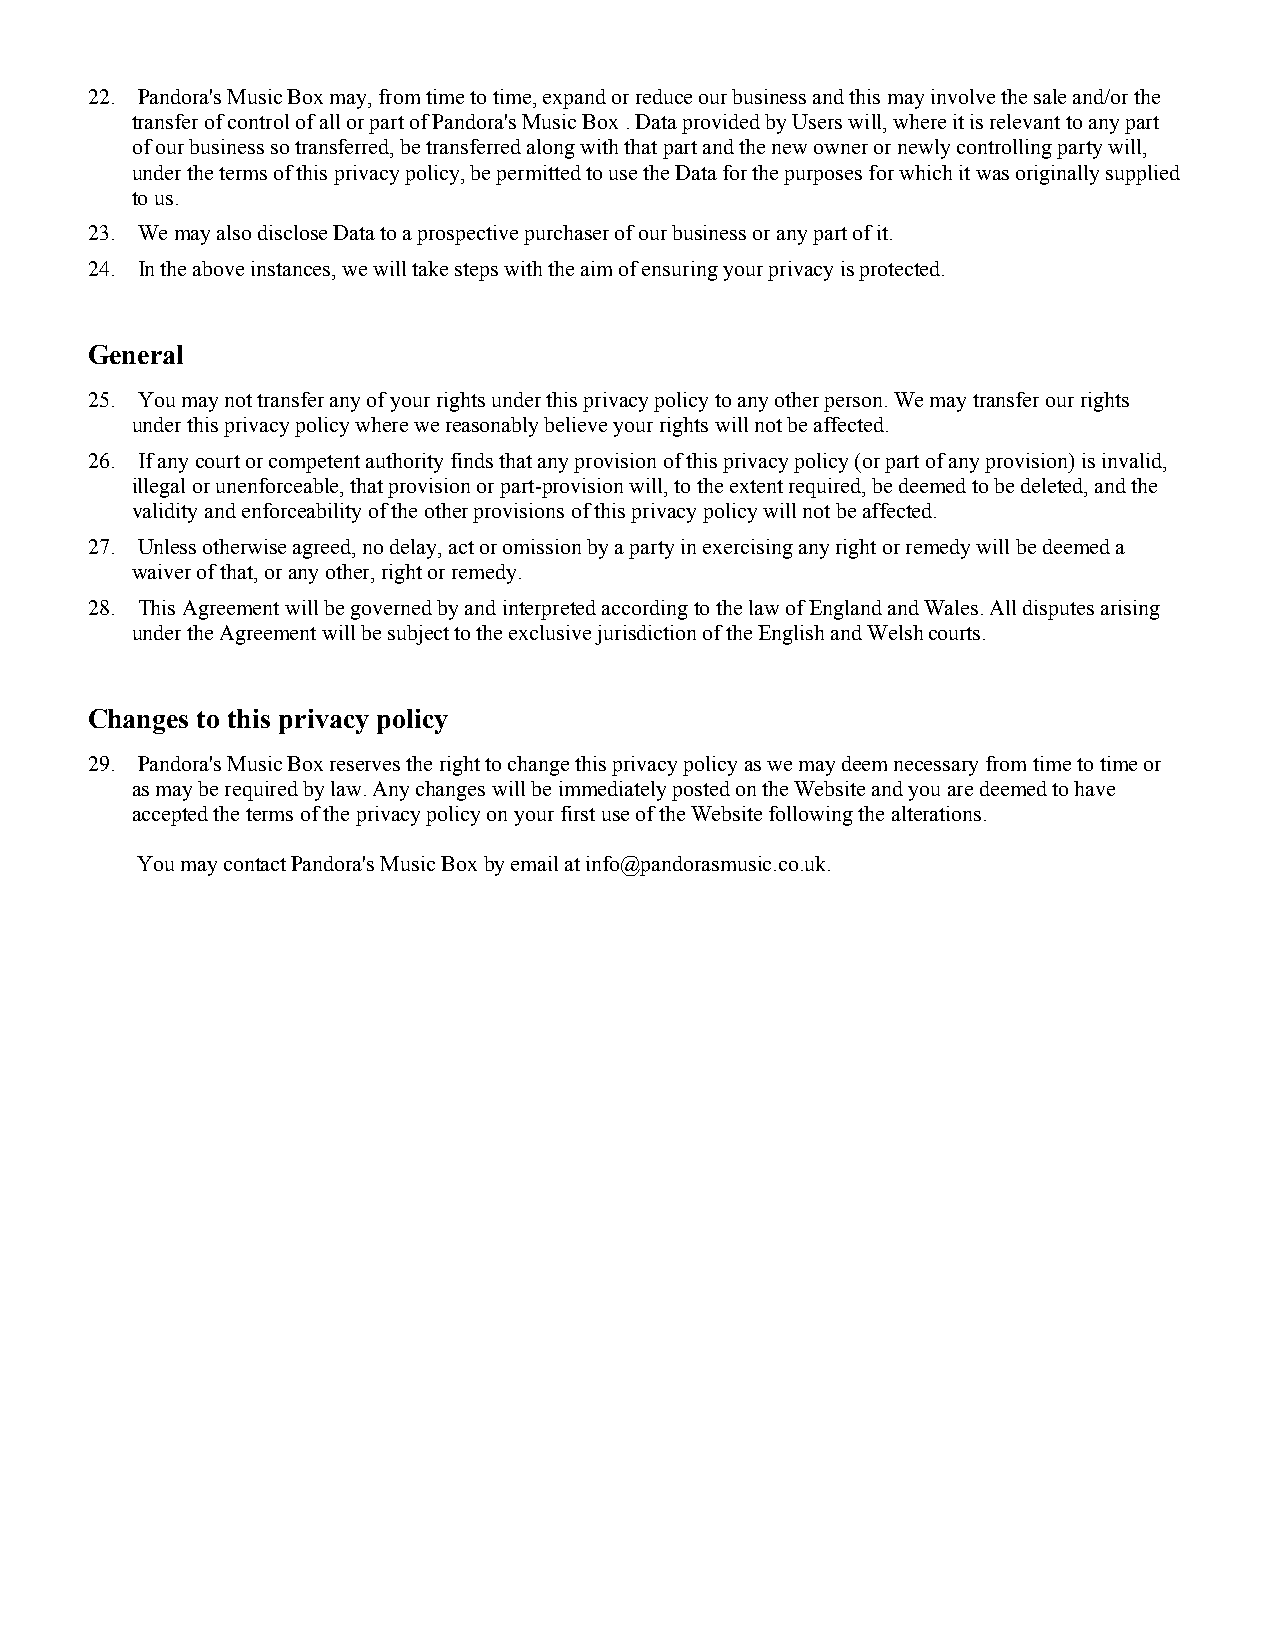
22. Pandora's Music Box may, from time to time, expand or reduce our business and this may involve the sale and/or the
 transfer of control of all or part of Pandora's Music Box . Data provided by Users will, where it is relevant to any part
 of our business so transferred, be transferred along with that part and the new owner or newly controlling party will,
 under the terms of this privacy policy, be permitted to use the Data for the purposes for which it was originally supplied
 to us.
 23. We may also disclose Data to a prospective purchaser of our business or any part of it.
 24. In the above instances, we will take steps with the aim of ensuring your privacy is protected.
 General
 25. You may not transfer any of your rights under this privacy policy to any other person. We may transfer our rights
 under this privacy policy where we reasonably believe your rights will not be affected.
 26. If any court or competent authority finds that any provision of this privacy policy (or part of any provision) is invalid,
 illegal or unenforceable, that provision or part-provision will, to the extent required, be deemed to be deleted, and the
 validity and enforceability of the other provisions of this privacy policy will not be affected.
 27. Unless otherwise agreed, no delay, act or omission by a party in exercising any right or remedy will be deemed a
 waiver of that, or any other, right or remedy.
 28. This Agreement will be governed by and interpreted according to the law of England and Wales. All disputes arising
 under the Agreement will be subject to the exclusive jurisdiction of the English and Welsh courts.
 Changes to this privacy policy
 29. Pandora's Music Box reserves the right to change this privacy policy as we may deem necessary from time to time or
 as may be required by law. Any changes will be immediately posted on the Website and you are deemed to have
 accepted the terms of the privacy policy on your first use of the Website following the alterations.
 You may contact Pandora's Music Box by email at info@pandorasmusic.co.uk.